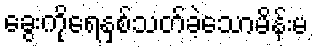
ခွေးကိုရေနှစ်သတ်ခဲ့သောမိန်းမ